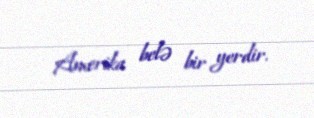
Amerika belə bir yerdir.